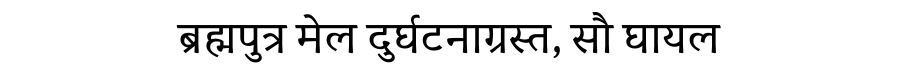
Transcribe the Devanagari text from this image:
ब्रह्मपुत्र मेल दुर्घटनाग्रस्त, सौ घायल